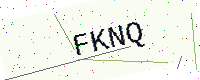
Text: FKNQ